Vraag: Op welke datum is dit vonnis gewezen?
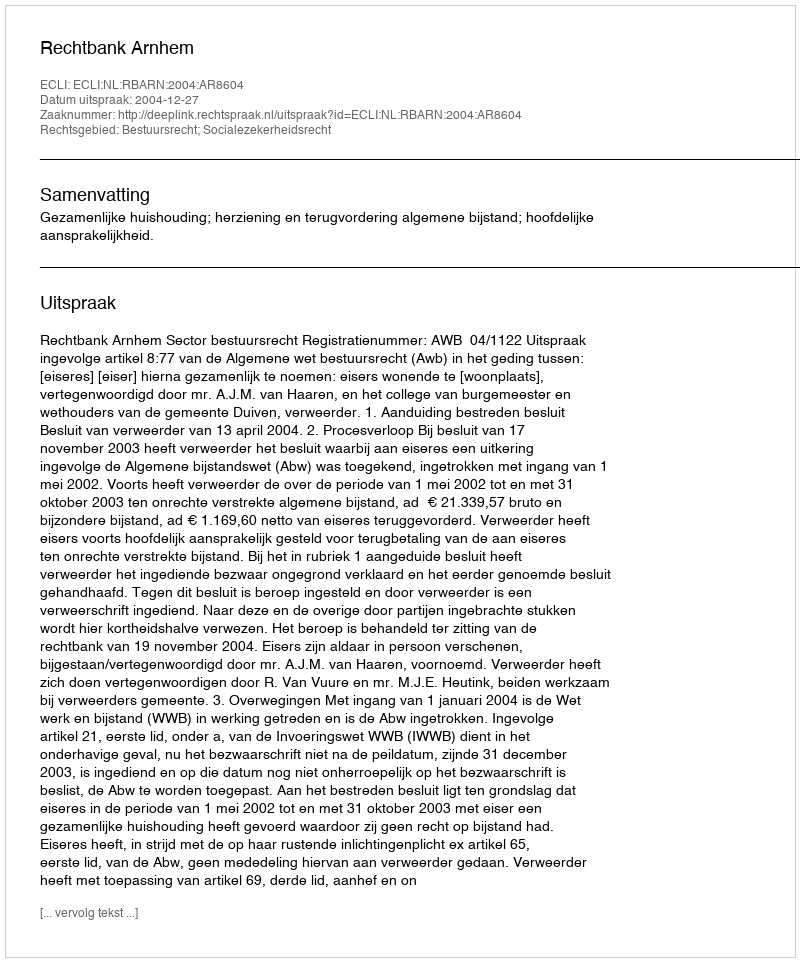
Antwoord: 2004-12-27